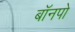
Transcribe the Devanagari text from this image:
बॉनपो